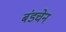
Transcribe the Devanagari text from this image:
बंडचेन